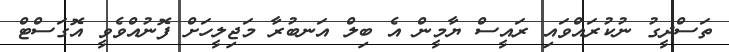
ތަސްދީގު ނުކުރައްވައި ރައީސް ޔާމީން އެ ބިލް އަނބުރާ މަޖިލީހަށް ފޮނުއްވެވީ އޮގަސްޓް